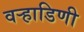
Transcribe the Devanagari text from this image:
वर्‍हाडिणी